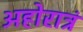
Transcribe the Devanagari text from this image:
अहोरात्रं